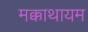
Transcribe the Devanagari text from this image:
मक्काथायम